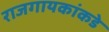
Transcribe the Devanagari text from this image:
राजगायकांकडे